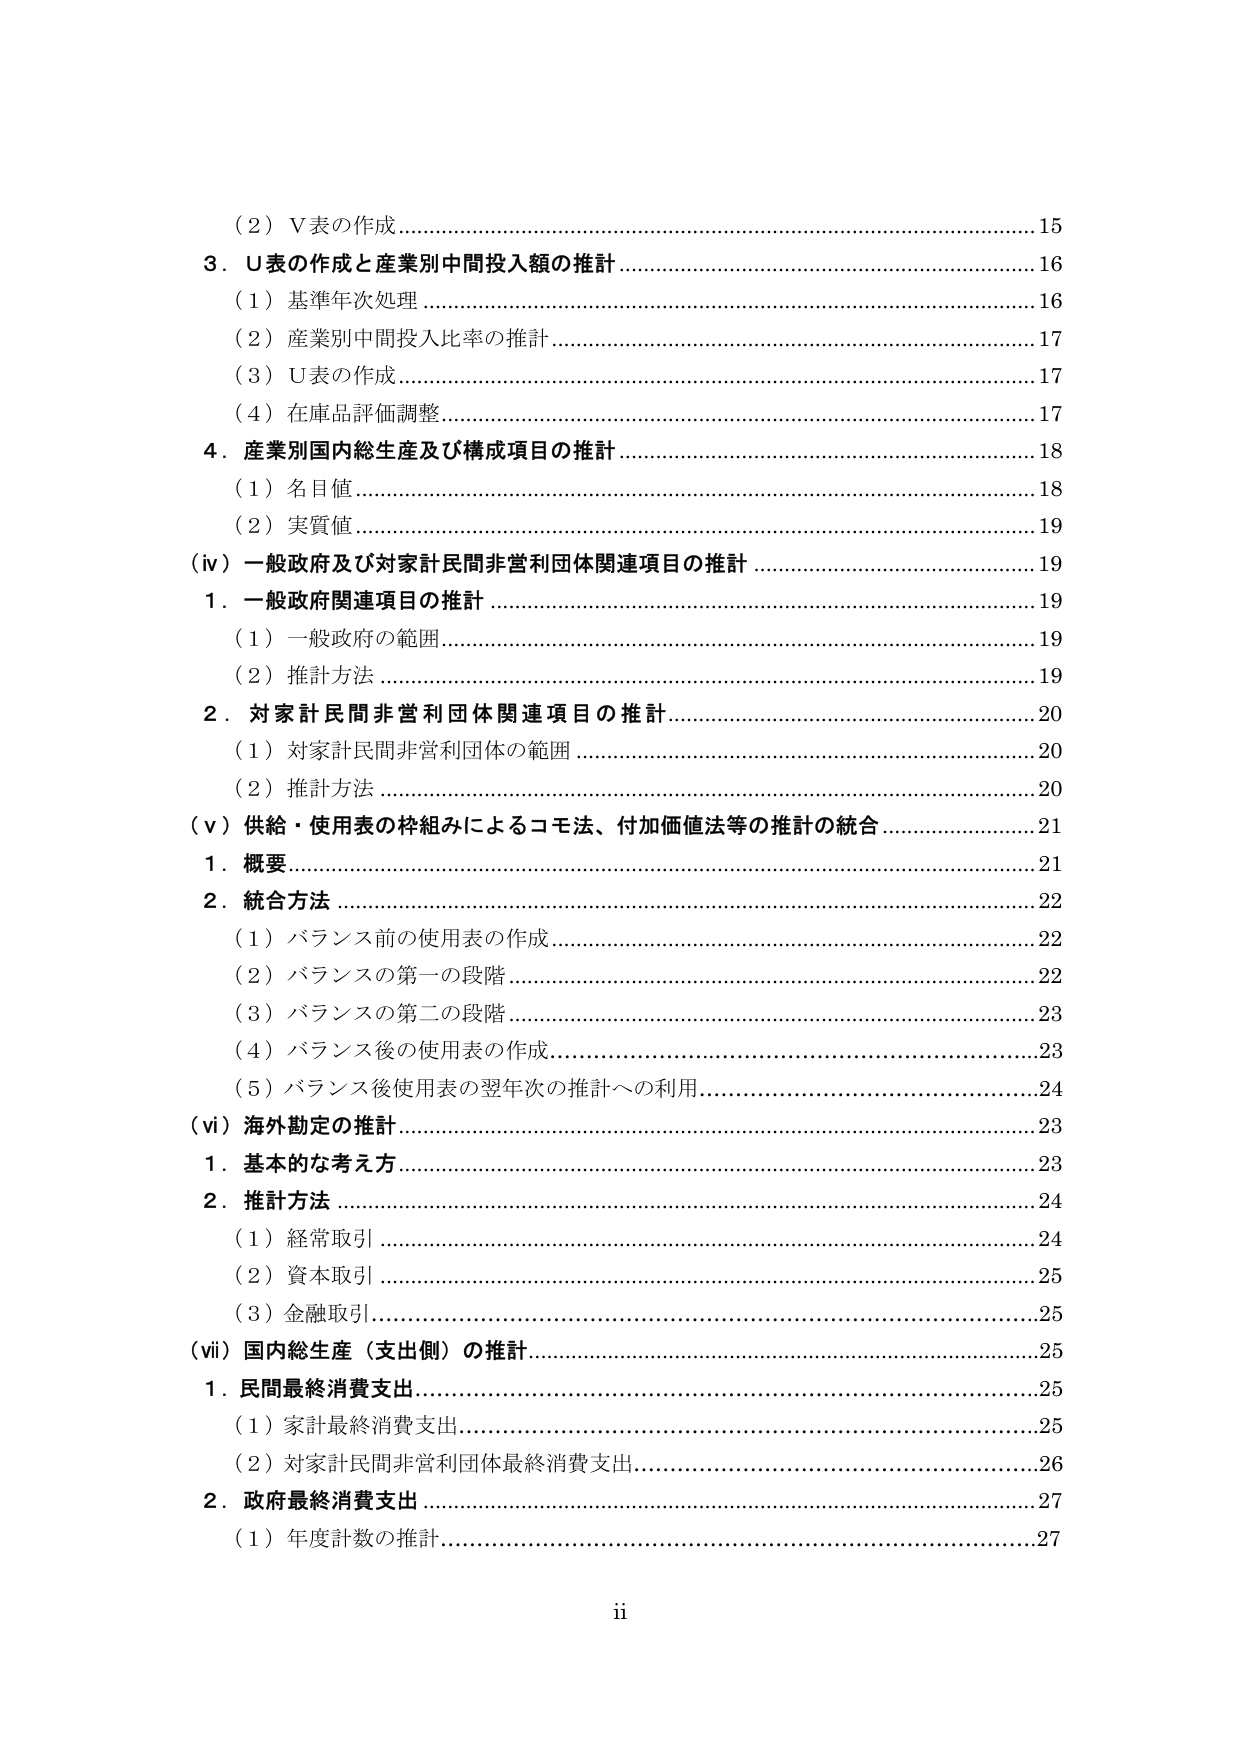
（２）Ｖ表の作成………………………………………………………………………15
３．Ｕ表の作成と産業別中間投入額の推計…………………………………………16
　（１）基準年次処理…………………………………………………………………16
　（２）産業別中間投入比率の推計…………………………………………………17
　（３）Ｕ表の作成……………………………………………………………………17
　（４）在庫品評価調整………………………………………………………………17
４．産業別国内総生産及び構成項目の推計…………………………………………18
　（１）名目値…………………………………………………………………………18
　（２）実質値…………………………………………………………………………19
（iv）一般政府及び対家計民間非営利団体関連項目の推計…………………………19
　１．一般政府関連項目の推計………………………………………………………19
　　（１）一般政府の範囲……………………………………………………………19
　　（２）推計方法……………………………………………………………………19
　２．対家計民間非営利団体関連項目の推計………………………………………20
　　（１）対家計民間非営利団体の範囲……………………………………………20
　　（２）推計方法……………………………………………………………………20
（ｖ）供給・使用表の枠組みによるコモ法、付加価値法等の推計の統合…………21
　１．概要………………………………………………………………………………21
　２．統合方法…………………………………………………………………………22
　　（１）バランス前の使用表の作成………………………………………………22
　　（２）バランスの第一の段階……………………………………………………22
　　（３）バランスの第二の段階……………………………………………………23
　　（４）バランス後の使用表の作成………………………………………………23
　　（５）バランス後使用表の翌年次の推計への利用……………………………24
（vi）海外勘定の推計…………………………………………………………………23
　１．基本的な考え方…………………………………………………………………23
　２．推計方法…………………………………………………………………………24
　　（１）経常取引……………………………………………………………………24
　　（２）資本取引……………………………………………………………………25
　　（３）金融取引……………………………………………………………………25
（vii）国内総生産（支出側）の推計…………………………………………………25
　１．民間最終消費支出………………………………………………………………25
　　（１）家計最終消費支出…………………………………………………………25
　　（２）対家計民間非営利団体最終消費支出……………………………………26
　２．政府最終消費支出………………………………………………………………27
　　（１）年度計数の推計……………………………………………………………27
ii